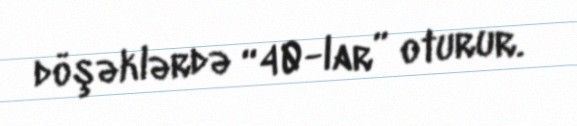
döşəklərdə “40-lar” oturur.